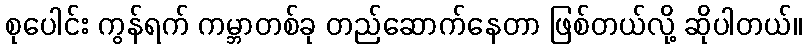
စုပေါင်း ကွန်ရက် ကမ္ဘာတစ်ခု တည်ဆောက်နေတာ ဖြစ်တယ်လို့ ဆိုပါတယ်။